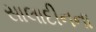
સાલાદીનના